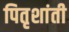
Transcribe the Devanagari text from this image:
पितृशांती